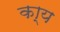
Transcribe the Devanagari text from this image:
का्य